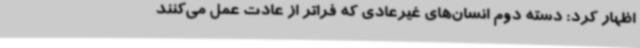
اظهار کرد: دسته دوم انسان‌های غیرعادی که فراتر از عادت عمل می‌کنند